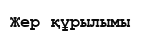
Жер құрылымы